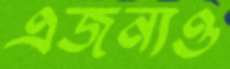
এজন্যও